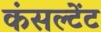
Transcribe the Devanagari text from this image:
कंसल्‍टेंट